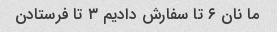
ما نان ۶ تا سفارش دادیم ۳ تا فرستادن